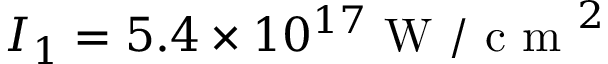
I _ { 1 } = 5 . 4 \times 1 0 ^ { 1 7 } \mathrm { ~ W ~ / ~ c ~ m ~ } ^ { 2 }